Report of the Bombay Plague Committee
Disease focus: Plague
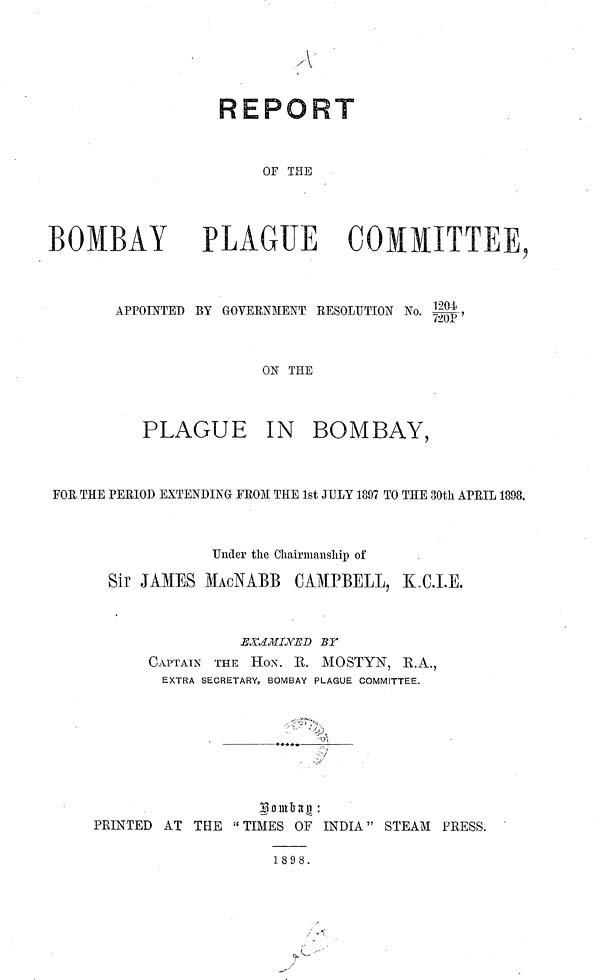
OF THE
BOMBAY PLAGUE COMMITTEE,
APPOINTED BY GOVERNMENT RESOLUTION No. 1204/720P,
ON THE
PLAGUE IN BOMBAY,
FOR THE PERIOD EXTENDING FROM THE 1st JULY 1897 TO THE 30th APRIL 1898,
Under the Chairmanship of
Sir JAMES MACNABB CAMPBELL, K.C.I.E.
EXAMINED BY
CAPTAIN THE HON. E. MOSTYN, R.A.,
EXTRA SECRETARY, BOMBAY PLAGUE COMMITTEE.
Bombay:
PRINTED AT THE "TIMES OF INDIA" STEAM PRESS.
1898.